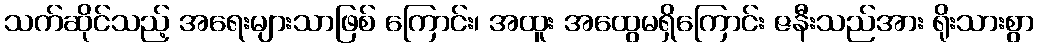
သက်ဆိုင်သည့် အရေးများသာဖြစ် ကြောင်း၊ အထူး အထွေမရှိကြောင်း ဇနီးသည်အား ရိုးသားစွာ